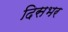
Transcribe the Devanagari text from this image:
दिसभर